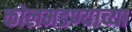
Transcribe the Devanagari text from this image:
कोलमडण्याच्या